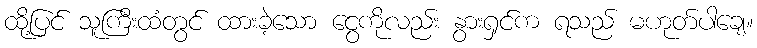
ထို့ပြင် သူကြီးထံတွင် ထားခဲ့သော ငွေကိုလည်း နွားရှင်က ရသည် မဟုတ်ပါချေ။